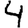
Digit: 4